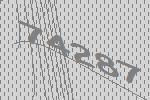
74287